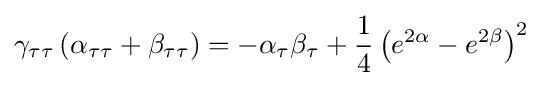
\gamma _{\tau \tau }\left(\alpha _{\tau \tau }+\beta _{\tau \tau }\right)=-\alpha _{\tau }\beta _{\tau }+{\frac {1}{4}}\left(e^{2\alpha }-e^{2\beta }\right)^{2}